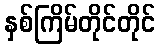
နှစ်ကြိမ်တိုင်တိုင်